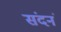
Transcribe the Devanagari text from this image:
संदनं